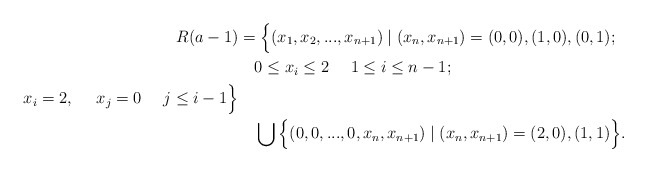
\begin{align*}R(a-1)&=\Big\{(x_1,x_2,...,x_{n+1}) \mid (x_n,x_{n+1})=(0,0),(1,0),(0,1);\\&\ \ \ 0\leq x_i\leq 2\ \ \ \ 1\leq i\leq n-1;\ \\ \ x_i=2,\ \ \ \ x_j=0\ \ \ \ j\leq i-1\Big\}\\&\ \ \ \bigcup \Big\{(0,0,...,0,x_{n},x_{n+1})\mid (x_n,x_{n+1})=(2,0),(1,1)\Big\}.\end{align*}